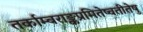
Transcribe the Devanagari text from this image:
तर्काम्बराङ्कप्रमितेष्वतीतेषु